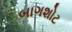
બાગશોટ